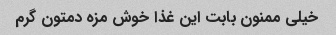
خیلی ممنون بابت این غذا خوش مزه دمتون گرم